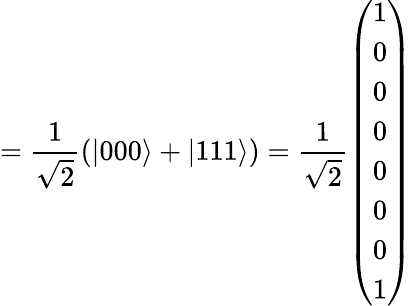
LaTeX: =\frac{1}{\sqrt{2}}(|000\rangle+|111\rangle)=\frac{1}{\sqrt{2}}\left(\begin{array}{l}{1}\\ {0}\\ {0}\\ {0}\\ {0}\\ {0}\\ {0}\\ {1}\end{array}\right)